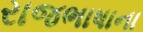
રાજભાષાના